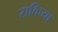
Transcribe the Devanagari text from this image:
राकिया